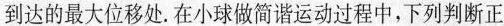
到达的最大位移处.在小球做简谐运动过程中，下列判断正